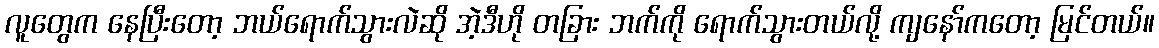
လူတွေက နေပြီးတော့ ဘယ်ရောက်သွားလဲဆို အဲ့ဒီဟို တခြား ဘက်ကို ရောက်သွားတယ်လို့ ကျနော်ကတော့ မြင်တယ်။